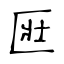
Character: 匨